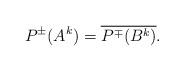
LaTeX: \begin{align*}P^{\pm}(A^k)=\overline{P^{\mp}(B^k)}.\end{align*}